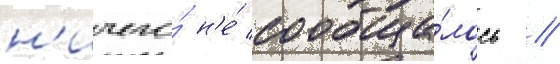
н'ичего́ н'е́ сообща́лось //